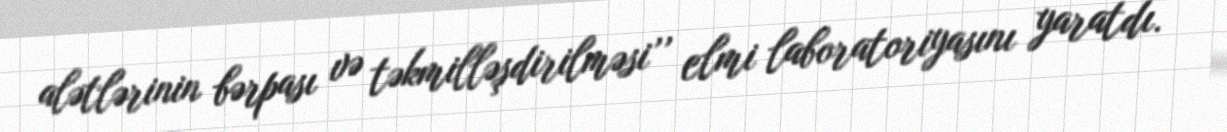
alətlərinin bərpası və təkmilləşdirilməsi’’ elmi laboratoriyasını yaratdı.